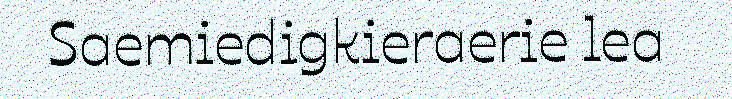
Saemiedigkieraerie lea